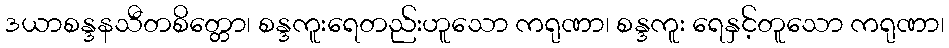
ဒယာစန္ဒနသီတစိတ္တော၊ စန္ဒကူးရေတည်းဟူသော ကရုဏာ၊ စန္ဒကူး ရေနှင့်တူသော ကရုဏာ၊